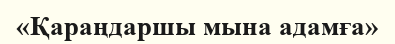
«Қараңдаршы мына адамға»